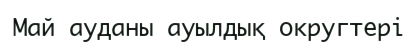
Май ауданы ауылдық округтері